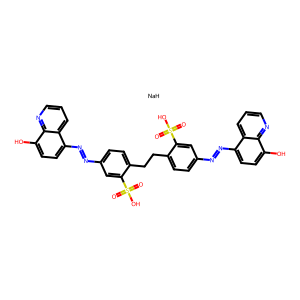
SMILES: O=S(=O)(O)c1cc(N=Nc2ccc(O)c3ncccc23)ccc1CCc1ccc(N=Nc2ccc(O)c3ncccc23)cc1S(=O)(=O)O.[NaH]
Inhibits HIV replication: Yes